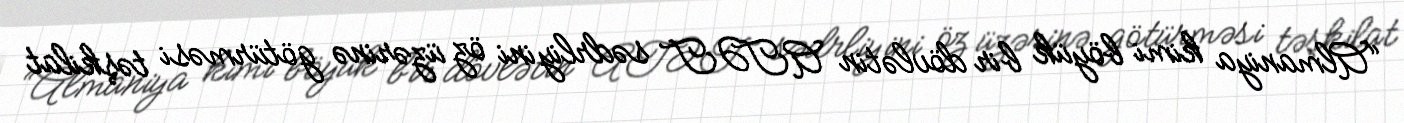
“Almaniya kimi böyük bir dövlətin ATƏT sədrliyini öz üzərinə götürməsi təşkilat